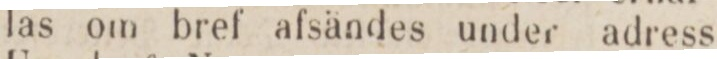
las om bref afsändes under adress